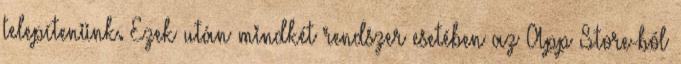
telepítenünk. Ezek után mindkét rendszer esetében az App Store-ból